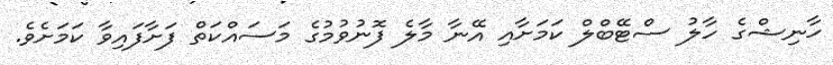
ހާނިޝްގެ ހާލު ސްޓޭބްލް ކަމަށާއި އޭނާ މާލެ ފޮނުވުމުގެ މަސައްކަތް ފަށާފައިވާ ކަމަށެވެ.